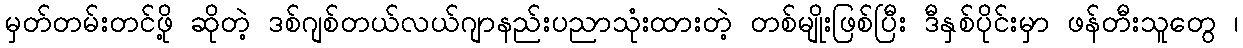
မှတ်တမ်းတင်ဖို့ ဆိုတဲ့ ဒစ်ဂျစ်တယ်လယ်ဂျာနည်းပညာသုံးထားတဲ့ တစ်မျိုးဖြစ်ပြီး ဒီနှစ်ပိုင်းမှာ ဖန်တီးသူတွေ ၊